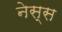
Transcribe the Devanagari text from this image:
नेस्स